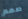
صمم